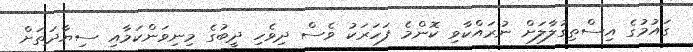
ގައުމުގެ އިސްތިގުލާލަށް ނުރައްކާވި ކޮންމެ ފަހަރަކު ވެސް ދިވެހި ދީބުގެ މިނިވަންކަމާއި ސިޔާދަތަށް